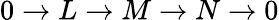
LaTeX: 0\rightarrow L\rightarrow M\rightarrow N\rightarrow 0